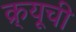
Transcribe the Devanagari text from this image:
क्र्यूची